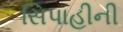
સિપાહીની